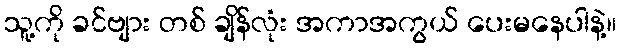
သူ့ကို ခင်ဗျား တစ် ချိန်လုံး အကာအကွယ် ပေးမနေပါနဲ့။